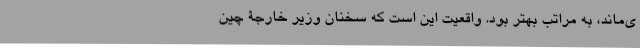
ی‌‌ماند، به مراتب بهتر بود. واقعیت این است که سخنان وزیر خارجۀ چین